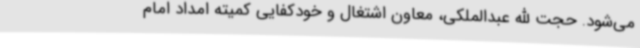
می‌شود. حجت الله عبدالملکی، معاون اشتغال و خودکفایی کمیته امداد امام